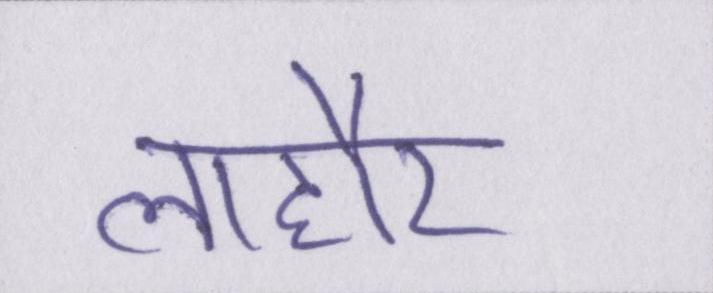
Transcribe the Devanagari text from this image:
लाहौर